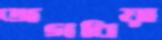
জগবিয়া